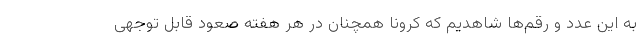
به این عدد و رقم‌ها شاهدیم که کرونا همچنان در هر هفته صعود قابل توجهی